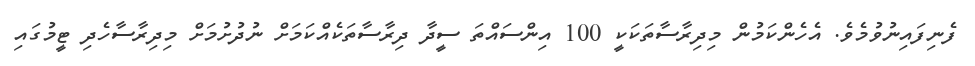
ފެނިފައިނުވުމެވެ. އެހެންކަމުން މިދިރާސާތަކަކީ 100 އިންސައްތަ ސީދާ ދިރާސާތަކެއްކަމަށް ނުދުށުމަށް މިދިރާސާހެދި ޓީމުގައި